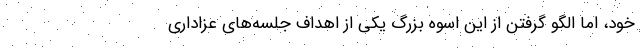
خود، اما الگو گرفتن از این اسوه بزرگ یکی از اهداف جلسه‌های عزاداری